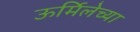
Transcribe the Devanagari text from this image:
ऊर्मिलेच्या